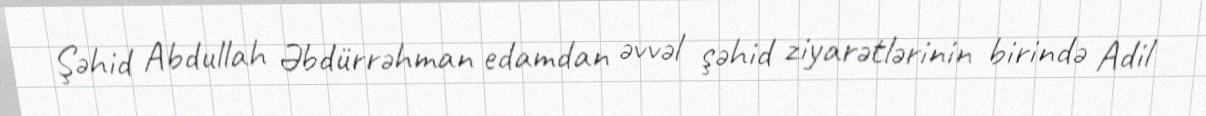
Şəhid Abdullah Əbdürrəhman edamdan əvvəl şəhid ziyarətlərinin birində Adil